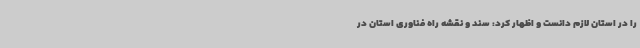
را در استان لازم دانست و اظهار کرد: سند و نقشه راه فناوری استان در